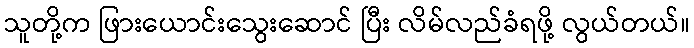
သူတို့က ဖြားယောင်းသွေးဆောင် ပြီး လိမ်လည်ခံရဖို့ လွယ်တယ်။